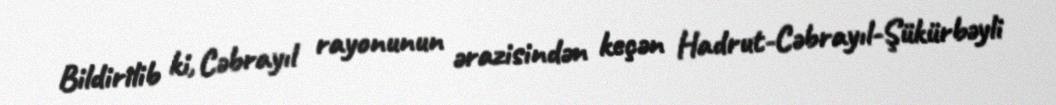
Bildirilib ki, Cəbrayıl rayonunun ərazisindən keçən Hadrut-Cəbrayıl-Şükürbəyli